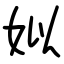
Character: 姒